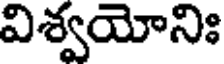
విశ్వయోనిః